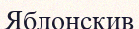
Яблонскив